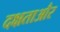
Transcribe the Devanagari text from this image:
दक्षताऔर